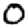
Digit: 0